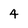
Character: 4